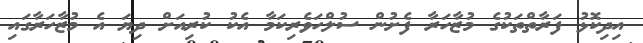
އިދިކޮޅު ފަރާތްތަކުގެ މުޒާހަރާ ފެށުން ސުލްހަވެރިކަމާ އެކު ކުރިއަށް ދިޔަ އެ މުޒާހަރާގައި